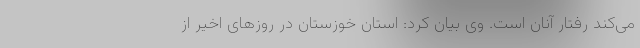
می‌کند رفتار آنان است. وی بیان کرد: استان خوزستان در روزهای اخیر از